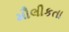
મૌલીકતા